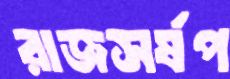
রাজসর্ষপ